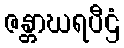
ဇန္တာဃရပီဌံ